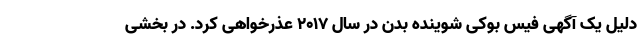
دلیل یک آگهی فیس بوکی شوینده بدن در سال 2017 عذرخواهی کرد. در بخشی